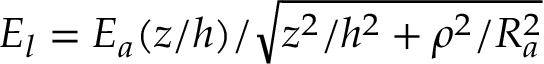
E _ { l } = E _ { a } ( z / h ) / \sqrt { z ^ { 2 } / h ^ { 2 } + \rho ^ { 2 } / R _ { a } ^ { 2 } }